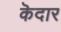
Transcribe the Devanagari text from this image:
कॆदार